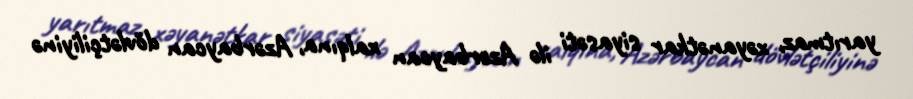
yarıtmaz, xəyanətkar siyasəti ilə Azərbaycan xalqına, Azərbaycan dövlətçiliyinə